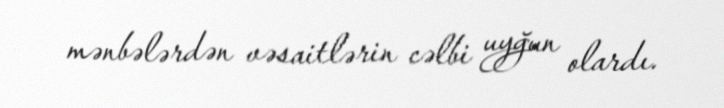
mənbələrdən vəsaitlərin cəlbi uyğun olardı.